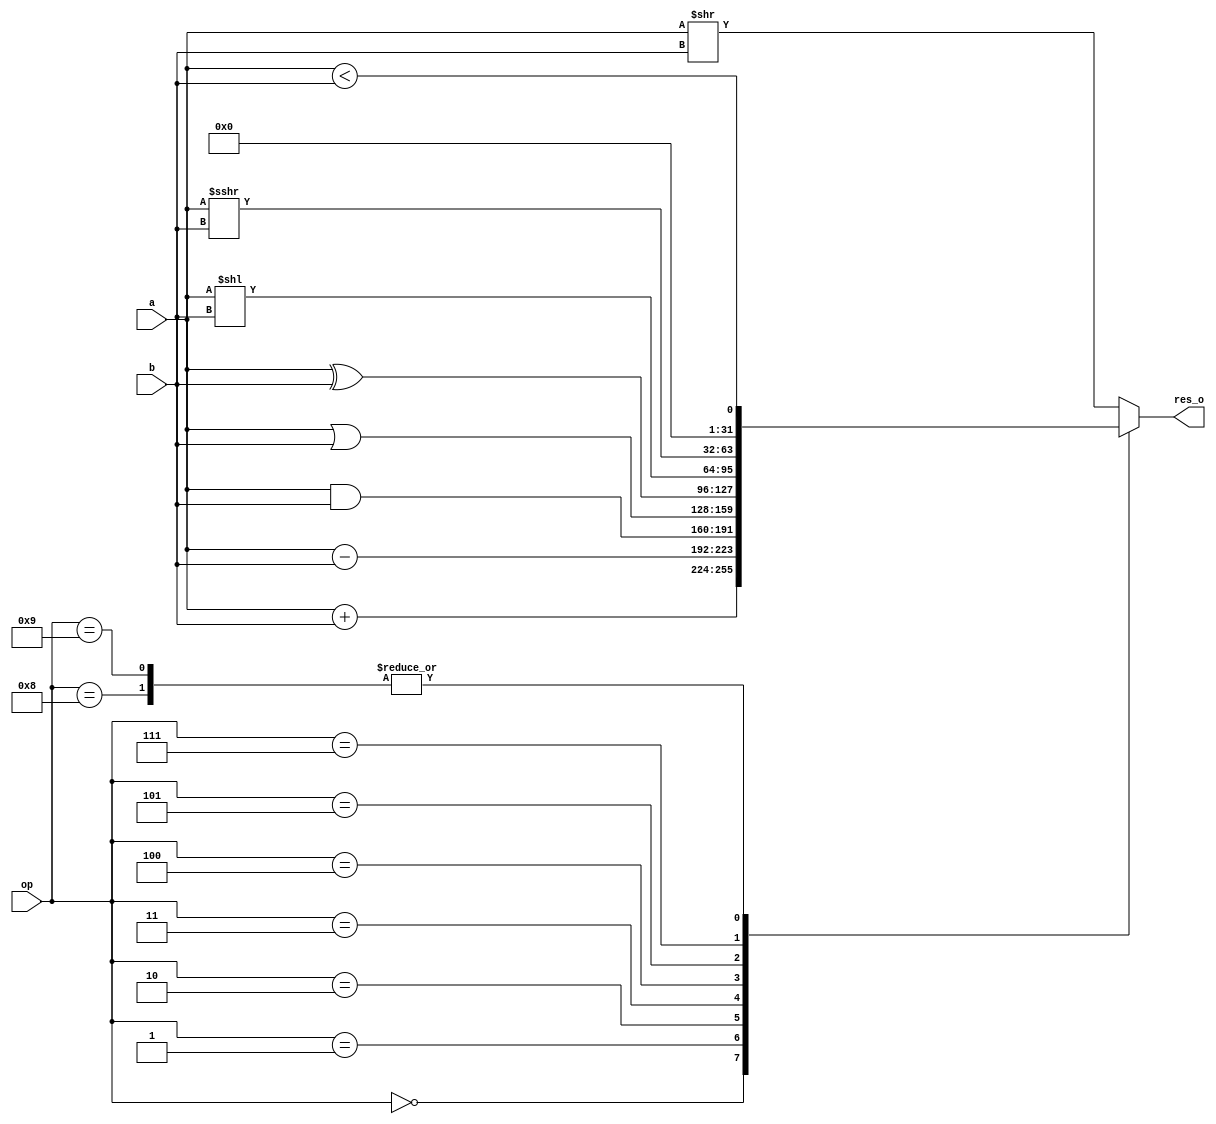
module alu (a,b,op,res_o);
    input wire [31:0] a;
    input wire [31:0] b;
    input wire  [3:0] op;
    output reg [31:0] res_o;
    always @ (*)
    begin
        case(op)
    4'b0000: begin
        res_o=a+b;
    end
    4'b0001 :begin
        res_o=a-b;
    end
    4'b0010 :begin
        res_o=a&b;
    end
    4'b0011 :begin
        res_o=a|b;end
    4'b0100 :begin
        res_o=a^b;end
    4'b0101 :begin
        res_o=a<<b;end
    4'b0110 :begin
        res_o=a>>b;end
    4'b0111 :begin
        res_o=a>>>b;end
    4'b1000 :begin
        res_o=a<b;end
    4'b1001 :begin
        res_o=a<b;end
    default: begin
    res_o=a>>b;
    end
    endcase
    end
endmodule